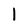
Character: I